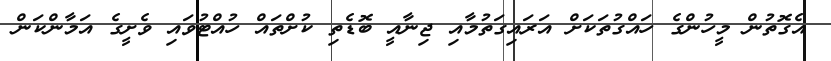
އެގޮތުން މީހުންގެ ހައްގުތަކަށް އަރައިގަތުމާއި ޖިނާއީ ބޮޑެތި ކުށްތައް ހުއްޓުވައި ވެށީގެ އަމާންކަން